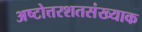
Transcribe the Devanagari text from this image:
अष्टोत्तरशतसंख्याक